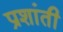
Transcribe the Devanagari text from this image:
प्रशांती